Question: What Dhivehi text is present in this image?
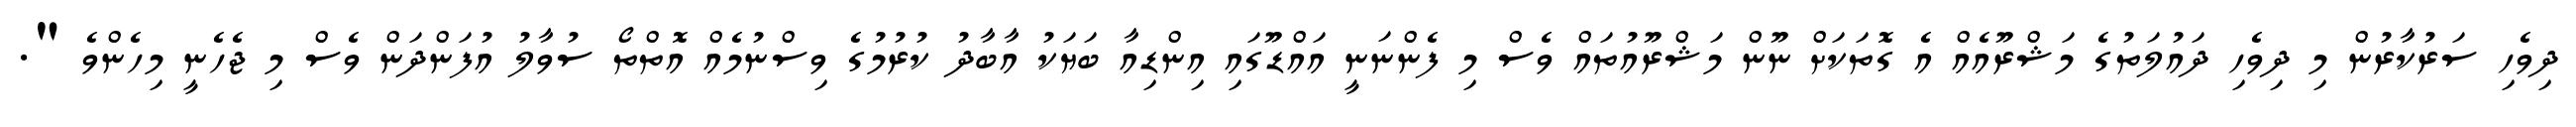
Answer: ދިވެހި ސަރުކާރުން މި ދިވެހި ދައުލަތުގެ މަޝްރޫއެއް އެ ގޮތަކަށް ނޫން މަޝްރޫއުތައް ވެސް މި ފެންނަނީ އައްޑޫގައި އިންޑިއާ ބަޔަކު އާބާދު ކުރުމުގެ ވިސްނުމެއް އޮތްތޯ ސުވާލު އުފަންދަން ވެސް މި ޖެހެނީ މިހެންވެ ".